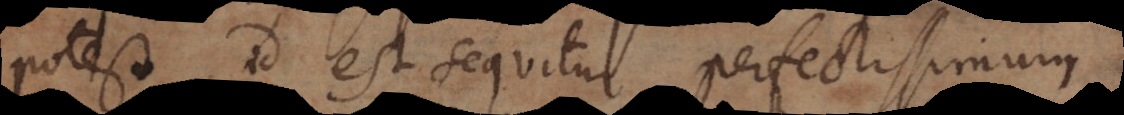
potest, id est sequitur perfectissimum